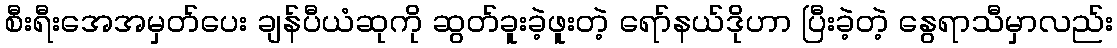
စီးရီးအေအမှတ်ပေး ချန်ပီယံဆုကို ဆွတ်ခူးခဲ့ဖူးတဲ့ ရော်နယ်ဒိုဟာ ပြီးခဲ့တဲ့ နွေရာသီမှာလည်း